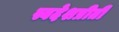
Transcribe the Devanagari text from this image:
स्वदेशप्रीती